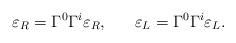
\begin{align*}\varepsilon_R=\Gamma^0\Gamma^i\varepsilon_R, \ \ \ \ \ \varepsilon_L=\Gamma^0\Gamma^i\varepsilon_L.\end{align*}